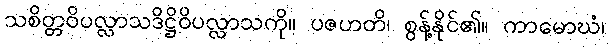
သစိတ္တဝိပလ္လာသဒိဋ္ဌိဝိပလ္လာသကို။ ပဇဟတိ၊ စွန့်နိုင်၏။ ကာမောဃံ၊